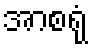
အာစရုံ